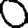
Digit: 0